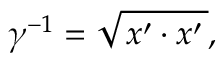
\gamma ^ { - 1 } = \sqrt { \, x ^ { \prime } \cdot x ^ { \prime } \, } ,